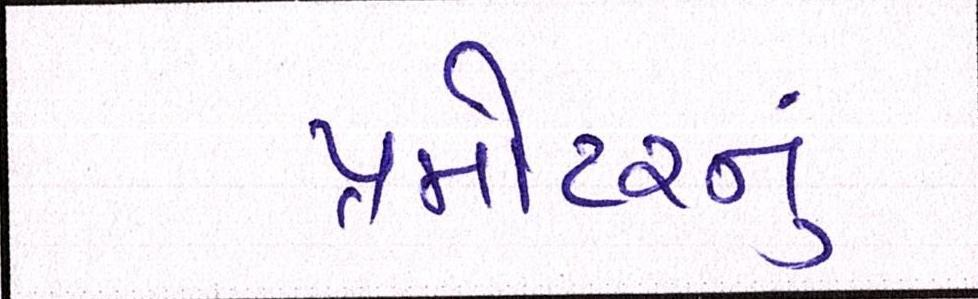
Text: પ્રમોટરનું